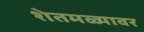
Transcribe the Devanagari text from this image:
शेतमळ्यावर